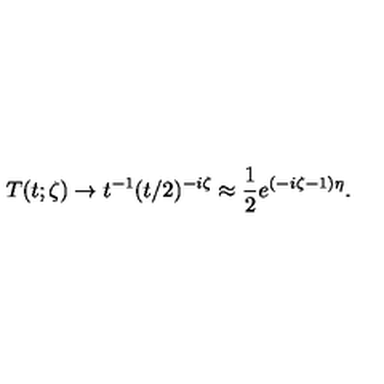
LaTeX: T ( t ; \zeta ) \to t ^ { - 1 } ( t / 2 ) ^ { - i \zeta } \approx \frac { 1 } { 2 } e ^ { ( - i \zeta - 1 ) \eta } .